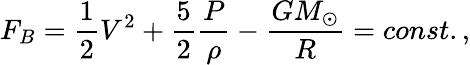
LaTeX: F_{B}=\frac{1}{2}V^{2}+\frac{5}{2}\frac{P}{\rho}-\frac{GM_{\odot}}{R}=const.,